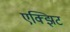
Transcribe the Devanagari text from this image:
एक्झिट